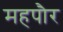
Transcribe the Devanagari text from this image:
महपौर